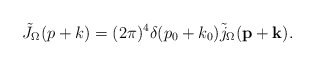
\begin{align*}\tilde{J}_\Omega(p+k)=(2\pi)^4\delta(p_0+k_0) \tilde{j}_\Omega({\bf p}+{\bf k}). \end{align*}